[Report on the health of British troops in the Madras command]
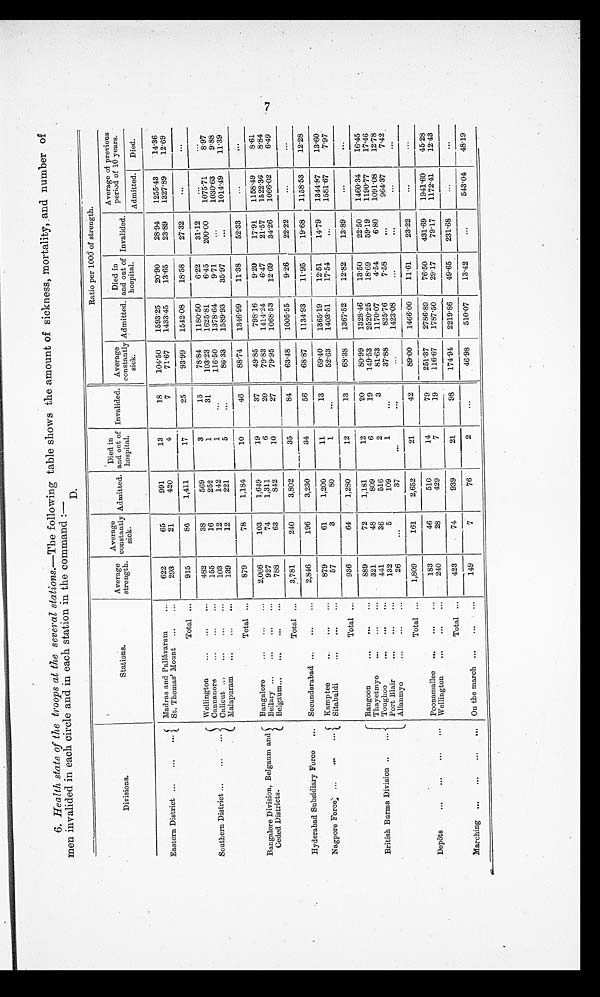
6. Health state of the troops at the several stations.—The following table shows the amount of sickness, mortality, and number of
m e n i n v a l i d e d i n
e a c h
c i r c l e
a n d s i n e a c h s t a t i o n i n t h e c o m m a n d : —
D.
Divisions.
Stations.
Average
strength.
Average
constantly
sick.
Admitted.
Died in
and out of
hospital.
Invalided.
Ratio per 1000 of strength.
Average
constantly
sick.
Admitted.
Died in
and out of
hospital.
Invalided.
Average of previous
period of 10 years.
Admitted.
Died.
Eastern District
... . . . . . .
Madras and Pallavaram
. . .
622
65
991
13
18
104.50
1593.25
20.90
28.94
1255.43
14.36
St. Thomas' Mount
...
. . .
293
21
420
4
7
71.67
1433.45
13.65
23.89
1327.89
12.69
Total ...
915
86
1,411
17
25
93.99
1542.08
18.58
27.32
... ...
Southern District ...
...
...
Wellington
...
...
...
482
38
569
3
15
78.84
1180.50
6.22
31.12
... ...
Cannanore
... ... ...
155
16
252
1
31
103.23
1625.81
6.45
200.00
1075.71
8.97
Calicut ...
...
. . . . . .
103
12
142
1
...
116.50
1378.64
9.71
...
1030.63
9.88
Malapuram.
...
...
...
139
12
221
5
...
86.33
1589.93
35.97
...
1014.49
11.39
Total ...
879
78
1,184
10
46
88.74
1346.99
11.38
52.33
... ...
Bangalore Division, Belgaum and
Ceded Districts.
Bangalore
. . .
. . . . . .
2,066
103
1,649
19
37
49.85
798.16
9.20
17.91
1158.49
8.61
Bellary ...
. . . ...
. . .
927
74
1,311
6
20
79.83
1414.24
6.47
21.57
1522.36
8.84
Belgaum ...
. . .
...
. . .
788
63
842
10
27
79.95
1068.53
12.69
34.26
1066.02
6.49
Total
. . .
3,781
240
3,802
35
84
63.48
1005.55
9.26
22.22
...
...
Hyderabad Subsidiary Force
... Secunderabad ...
...
. . .
2,846
196
3,230
34
56
68.87
1134.93
11.95
19.68
1158.53
12.28
Nagpore Force ...
. . .
. . . Kamp tee
. . .
. . .
. . .
879
61
1,200
11
13
69.40
1365.19
12.51
14.79
1344.87
13.60
Sitabuldi
...
...
...
57
3
80
1
...
52.63
1403.51
17.54
...
1581.67
7.97
Total
. . .
936
64
1,280
12
13
68.38
1367.52
12.82
13.89
... ...
British Burma Division ..
. . . Rangoon
. . .
...
. . .
889
72
1,181
12
20
80.99
1328.46
13.50
22.50
1460.34
16.45
Thayetmyo
. . .
. . .
. . .
321
48
809
6
19
149.53
2520.25
18.69
59.19
1190.77
17.46
Toughoo
. . .
. . .
. . .
441
36
516
2
3
81.63
1170.07
4.54
6.80
1091.08
12.78
Port Blair
...
...
...
132
5
109
1
...
37.88
825.76
7.58
...
964.37
7.42
Allanmyo
. . .
. . .
. . .
26
. . .
37
. . .
...
...
1423.08
... ...
...
...
Total . . .
1,809
161
2,652
21
42
89.00
1466.00
11.61
23.22
. . .
. . .
Depôts
. . .
. . .
. . .
. . .
Poonamallee
. . .
...
...
183
46
510
14
79
251.37
2786.89
76.50
431.69
1941.60
45.28
Wellington
...
...
...
240
28
429
7
19
116.67
1787.50
29.17
79.17
1172.41
12.43
Total ...
423
74
939
21
98
1 7 4 . 9 4
2219.86
49.65
231.68
...
. . .
Marching
. . .
. . .
. . .
. . .
On the march ...
...
...
149
7
76
2
...
46.98
510.07
13.42
...
543.04
48.19
7